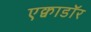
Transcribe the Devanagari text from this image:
एक्वाडॉर